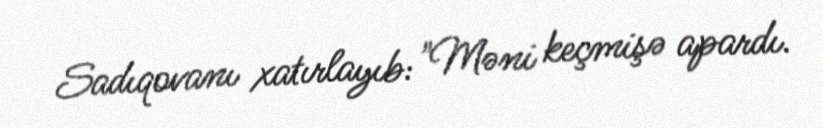
Sadıqovanı xatırlayıb: "Məni keçmişə apardı.